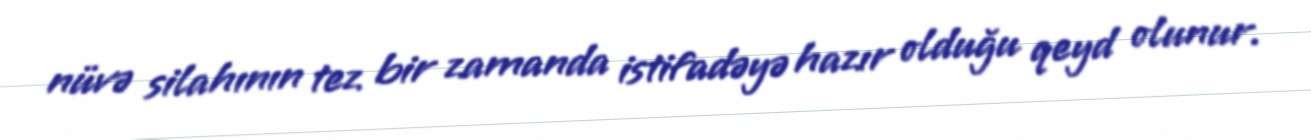
nüvə silahının tez bir zamanda istifadəyə hazır olduğu qeyd olunur.